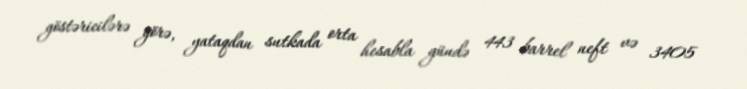
göstəricilərə görə, yataqdan sutkada orta hesabla gündə 443 barrel neft və 3405